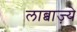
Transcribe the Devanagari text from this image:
लाब्बाज़्ये